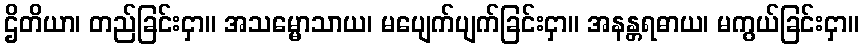
ဌိတိယာ၊ တည်ခြင်းငှာ။ အသမ္မောသာယ၊ မပျေက်ပျက်ခြင်းငှာ။ အနန္တရဓာယ၊ မကွယ်ခြင်းငှာ။